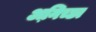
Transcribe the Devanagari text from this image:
अनि़च्छा